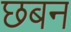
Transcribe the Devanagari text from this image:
छबन